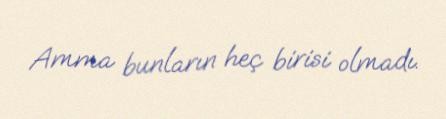
Amma bunların heç birisi olmadı.